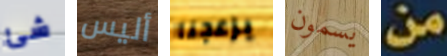
شئ أليس يزعجنا يسمون من